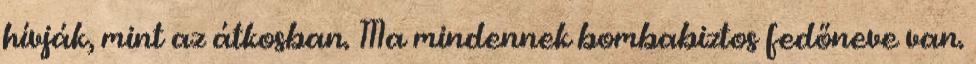
hívják, mint az átkosban. Ma minden­nek bom­ba­biztos fedőneve van.